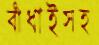
বাঁধাইসহ